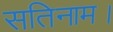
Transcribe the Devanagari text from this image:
सतिनाम।